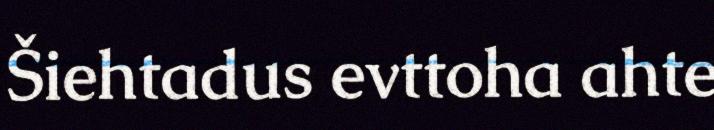
Šiehtadus evttoha ahte